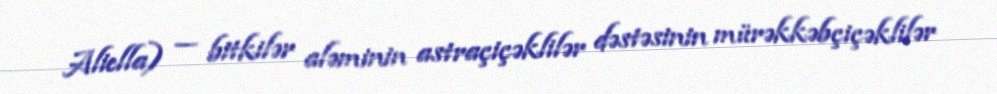
Aliella) — bitkilər aləminin astraçiçəklilər dəstəsinin mürəkkəbçiçəklilər